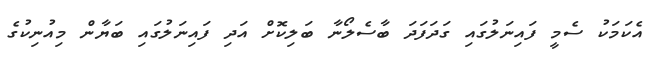
އެކަމަކު ސެމީ ފައިނަލުގައި ގަދަފަދަ ބާސެލޯނާ ބަލިކޮށް އަދި ފައިނަލުގައި ބަޔާން މިއުނިކުގެ